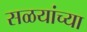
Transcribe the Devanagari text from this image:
सळयांच्या